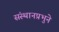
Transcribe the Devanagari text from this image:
संस्थानप्रभुने